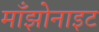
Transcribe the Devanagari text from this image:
माँझोनाइट